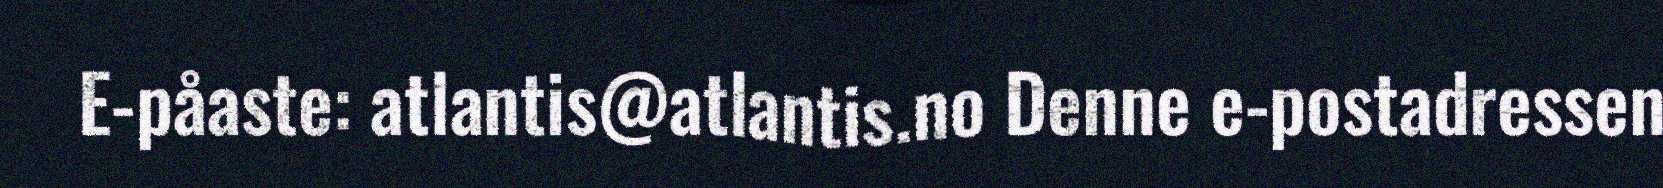
E-påaste: atlantis@atlantis.no Denne e-postadressen